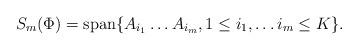
LaTeX: \begin{align*}S_m(\Phi) = \mathrm{span}\lbrace A_{i_1}\ldots A_{i_m}, 1 \leq i_1, \ldots i_m \leq K \rbrace. \end{align*}